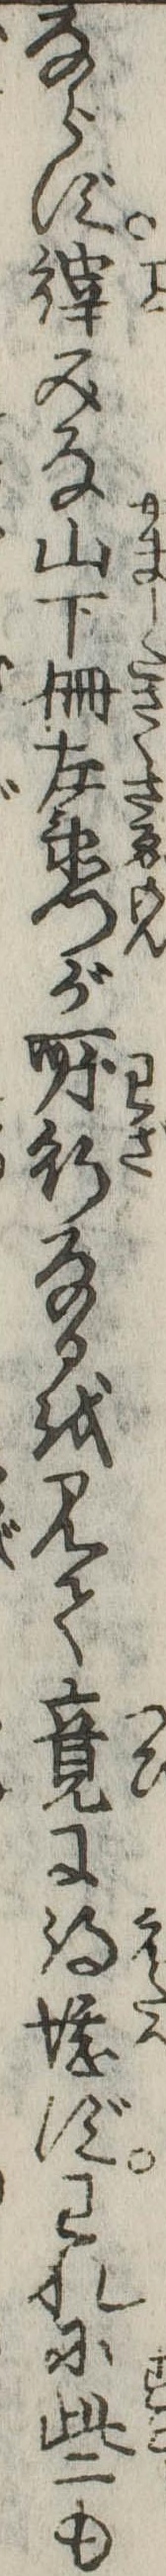
ならず縡みな山下柵左衛門が所行なるを見て竟に得堪ずわれに些も